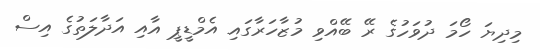
މިދިޔަ ހޯމަ ދުވަހުގެ ރޭ ބޭއްވި މުޒާހަރާގައި އެމްޑީޕީ އާއި އަދާލަތުގެ އިސް